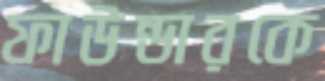
ফাউন্ডারকে